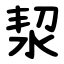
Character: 洯